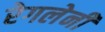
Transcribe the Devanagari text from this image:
रेगलेनी